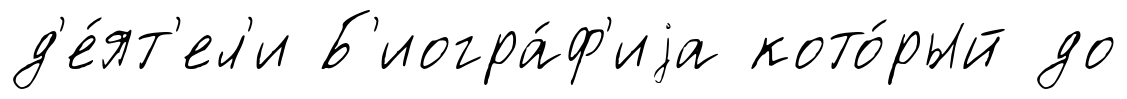
д'е́ят'ел'и Б'иогра́ф'иjа кото́рый до